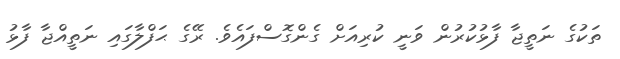
ތަކުގެ ނަތީޖާ ފާޅުކުރުން ވަނީ ކުރިއަށް ގެންގޮސްފައެވެ. ރޭގެ ޙަފްލާގައި ނަތީއްޖާ ފާޅު